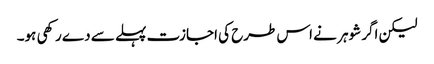
لیکن اگر شوہر نے اس طرح کی اجازت پہلے سے دے رکھی ہو۔